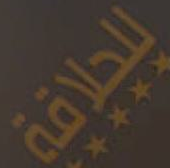
للحلاقة